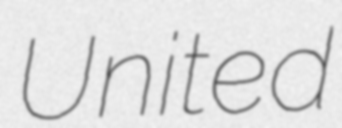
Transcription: United